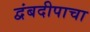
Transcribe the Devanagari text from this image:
द्वंबदीपाचा